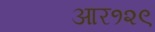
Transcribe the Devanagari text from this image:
आर१२९